NAE_ERA_R-2324_Eesti_Vabariigi_Pohiseaduslik_Assamblee, lk 34
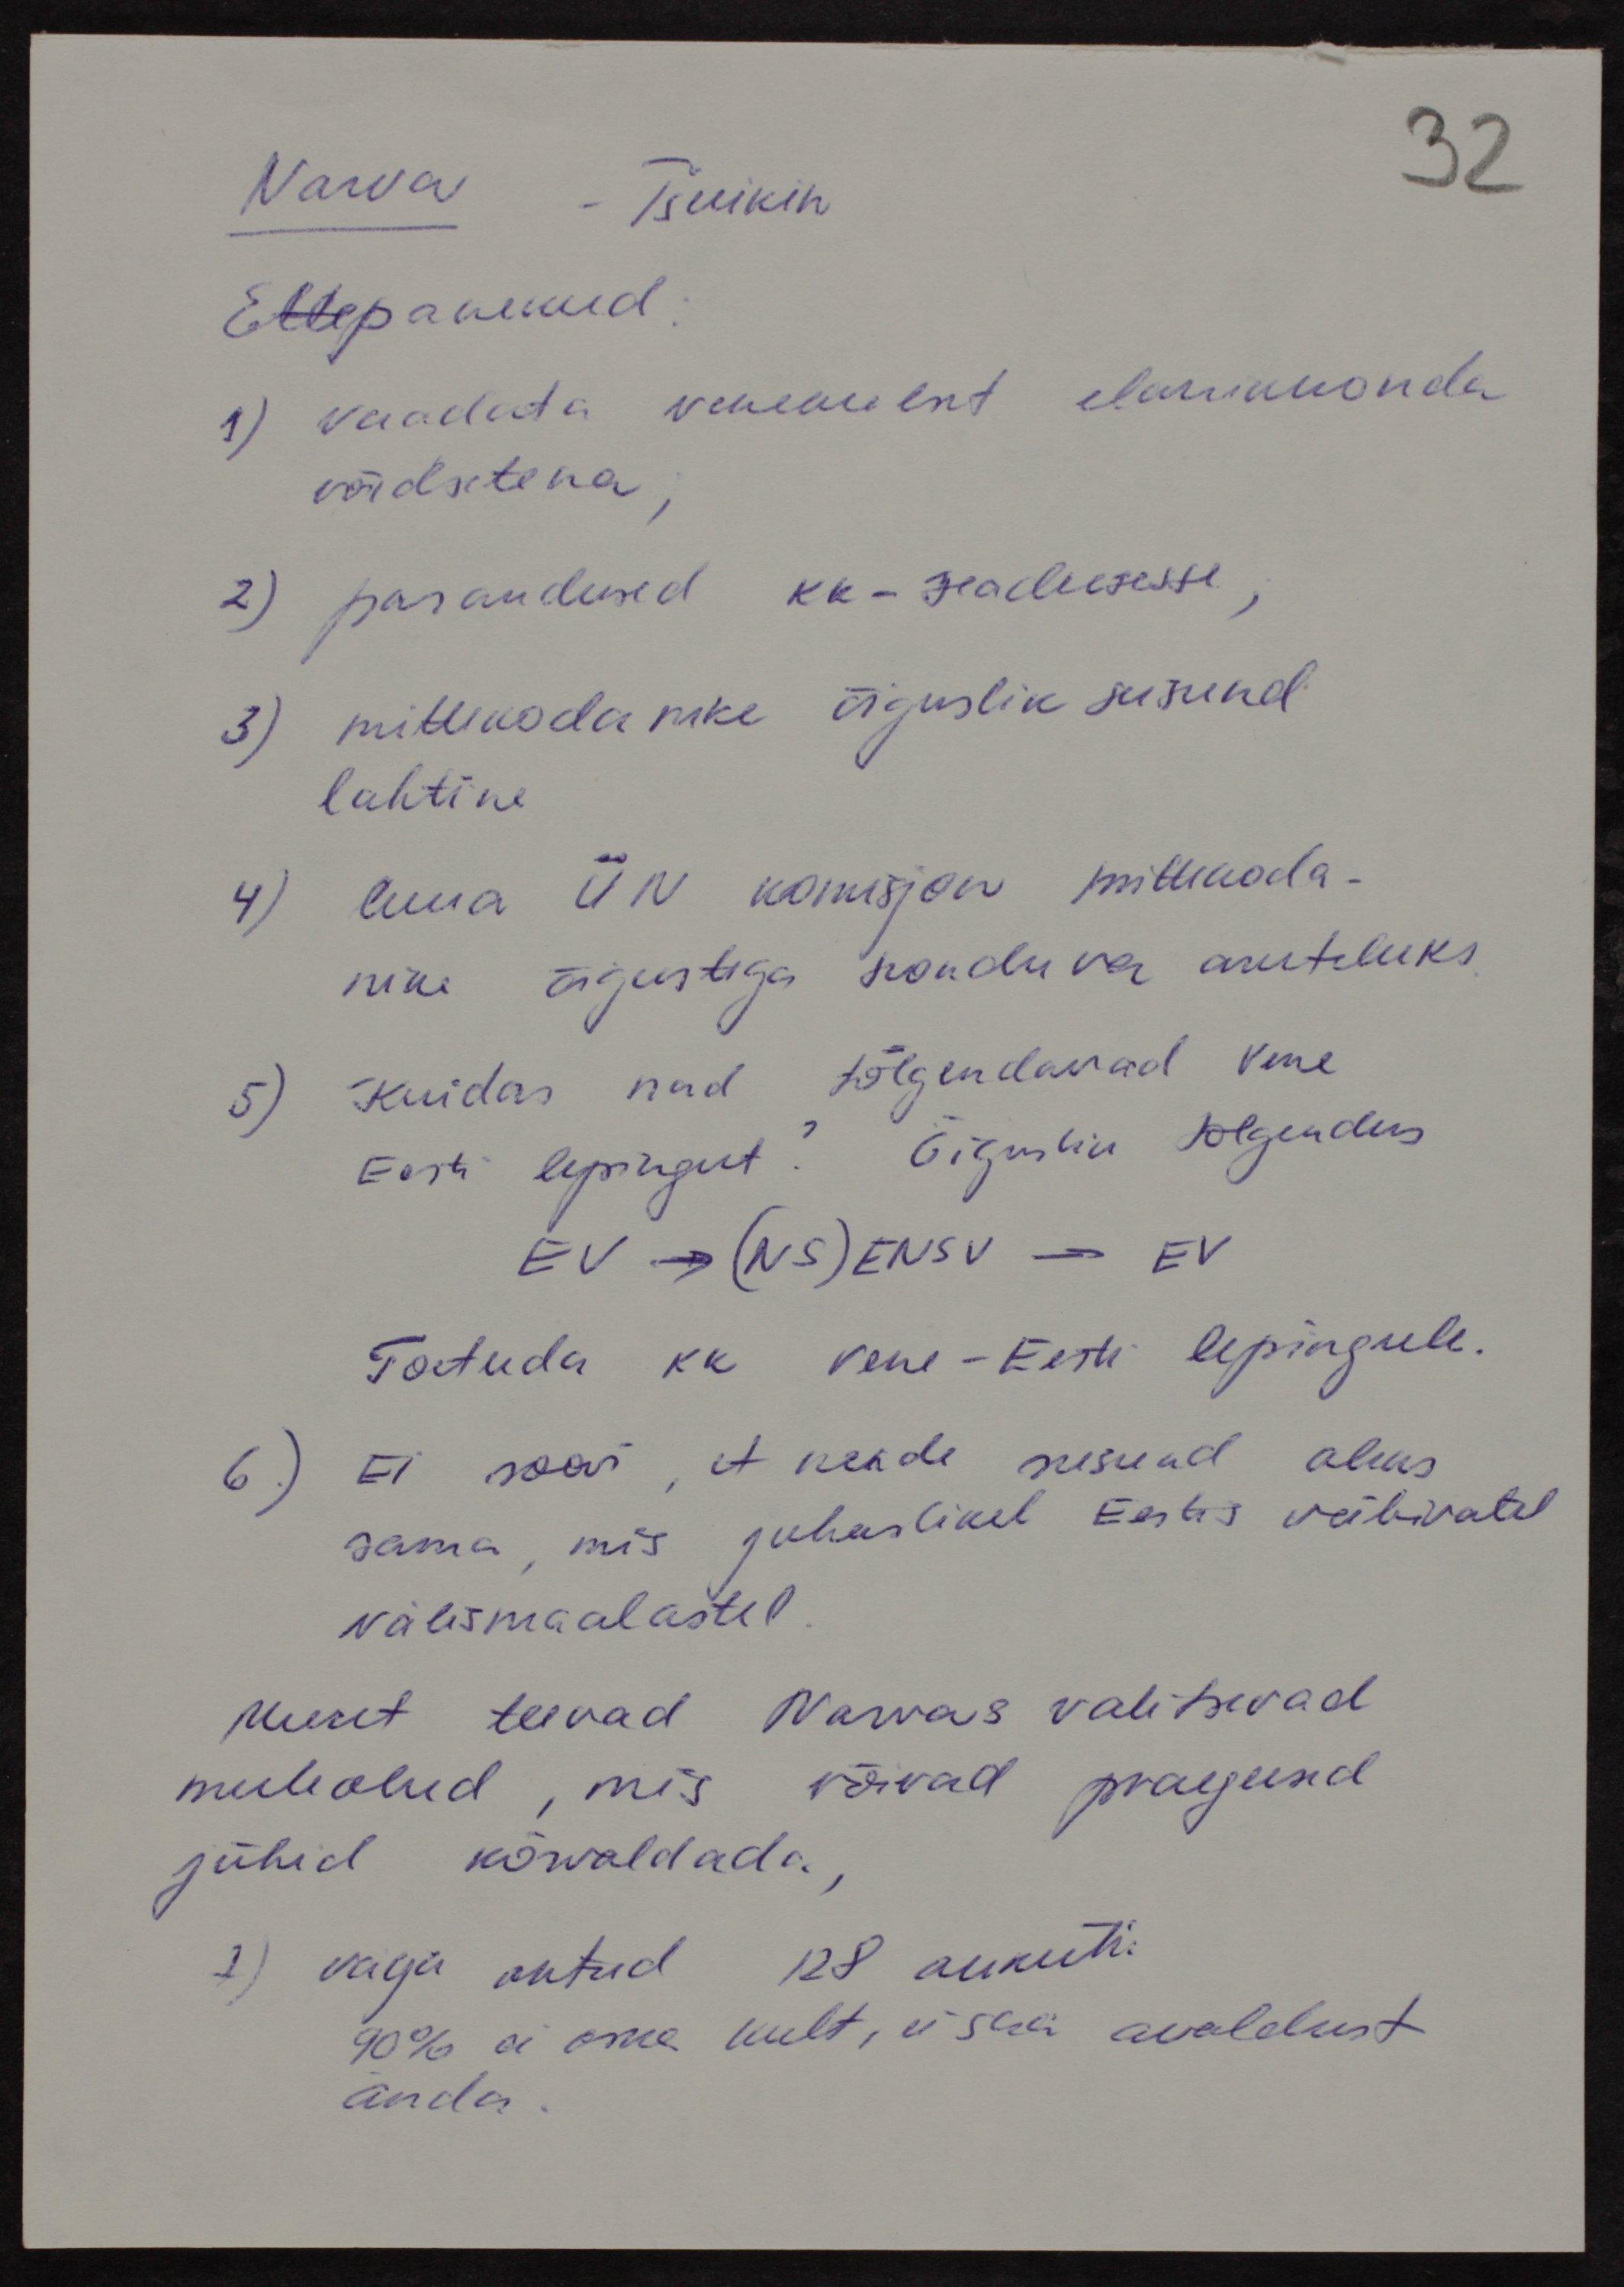
Narva - Tšuikin
Ettepanekud.
1) vaadata venekeelset elanikkonda
võrdsetena,
2) parandused kk-seadusesse,
3) mittikodanike õiguslik seisund
lahtine
4) luua ÜN komisjon mittekoda-
nike õigustega seonduva aruteluks
5) Kuidas nad tõlgendavad Vene
Eesti lepingut? Õiguslik tõlgendus
EV -> (NS) ENSV -> EV
Toetuda ka vene-Eesti lepingule.
6.) Ei soovi, et nende seisund oleks
sama, mis juhuslikel Eestis viibivatel
välismaalastel
Muret teevad Narvas valitsevad
meeleolud, mis võivad praegused
juhid kõrvaldada
1) välja antud 128 ankeeti:
90% ei oma keelt, ei saa avaldust
anda